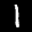
Label: 1